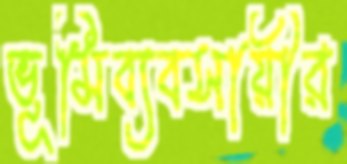
ভূমিব্যবসায়ীর